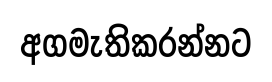
අගමැතිකරන්නට